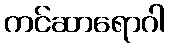
ကင်ဆာရောဂါ